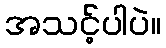
အသင့်ပါပဲ။